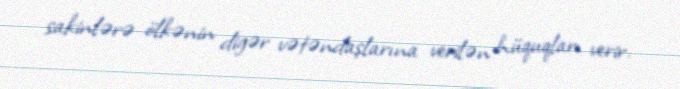
sakinlərə ölkənin digər vətəndaşlarına verilən hüquqları verir.